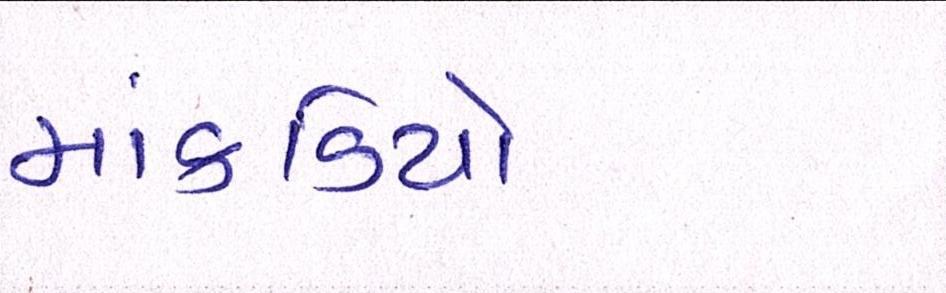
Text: માંકડિયા